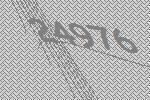
24976